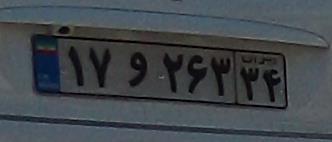
۱۷و۲۶۳۳۴